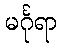
မင်္ဂုရာ